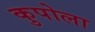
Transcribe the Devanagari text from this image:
कुपोला